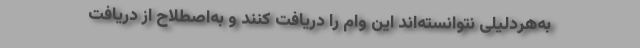
به‌هردلیلی نتوانسته‌اند این وام را دریافت کنند و به‌اصطلاح از دریافت